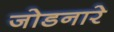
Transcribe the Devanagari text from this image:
जोडनारे